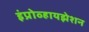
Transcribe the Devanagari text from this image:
इंप्रोव्हायझेशन